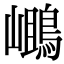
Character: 𪂓